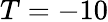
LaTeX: T=-10